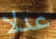
عدلا